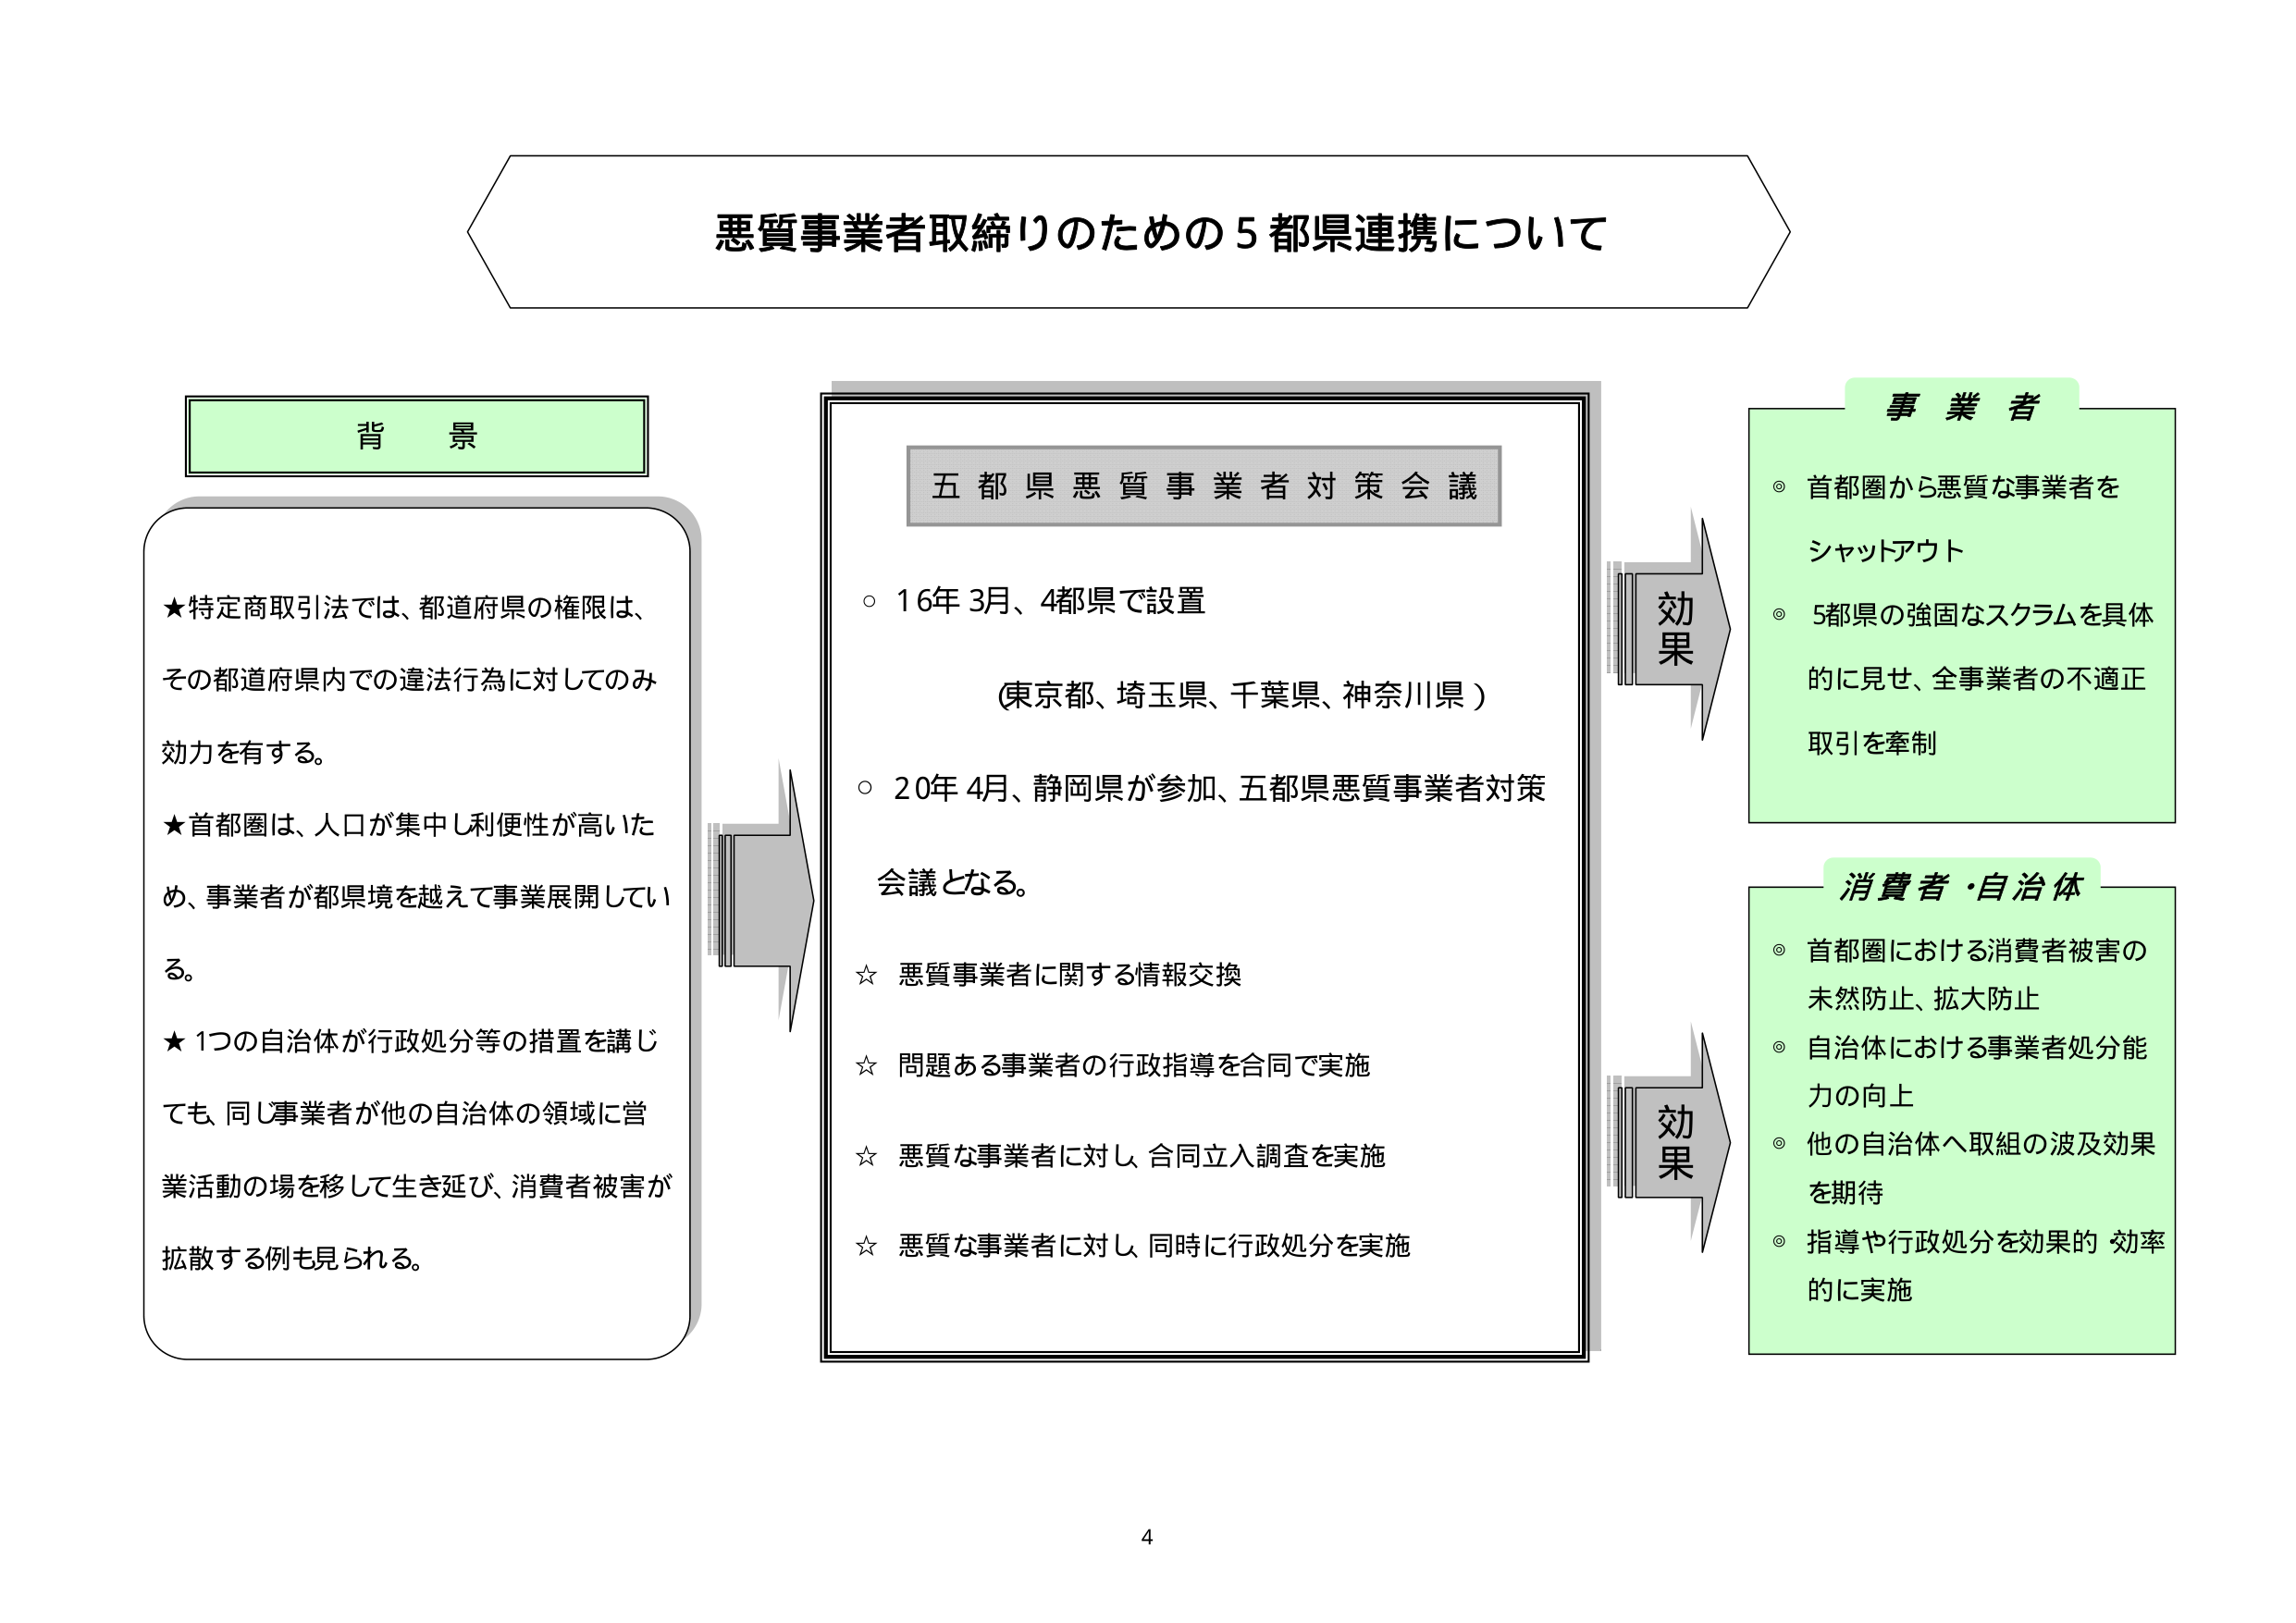
悪質事業者取締りのための５都県連携について

背景
★特定商取引法では、都道府県の権限は、
その都道府県内での違法行為に対してのみ
効力を有する。
★首都圏は、人口が集中し利便性が高いた
め、事業者が都県境を越えて事業展開してい
る。
★１つの自治体が行政処分等の措置を講じ
ても、同じ事業者が他の自治体の領域に営
業活動の場を移して生き延び、消費者被害が
拡散する例も見られる。

五都県悪質事業者対策会議
○ 16年3月、4都県で設置
（東京都、埼玉県、千葉県、神奈川県）
○ 20年4月、静岡県が参加、五都県悪質事業者対策
会議となる。
☆ 悪質事業者に関する情報交換
☆ 問題ある事業者の行政指導を合同で実施
☆ 悪質な事業者に対し、合同立入調査を実施
☆ 悪質な事業者に対し、同時に行政処分を実施

効果
事業者
◎ 首都圏から悪質な事業者を
シャットアウト
◎ 5都県の強固なスクラムを具体
的に見せ、全事業者の不適正
取引を牽制

効果
消費者・自治体
◎ 首都圏における消費者被害の
未然防止、拡大防止
◎ 自治体における事業者処分能
力の向上
◎ 他の自治体へ取組の波及効果
を期待
◎ 指導や行政処分を効果的・効率
的に実施

4